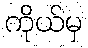
ကိုယ်မှ